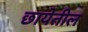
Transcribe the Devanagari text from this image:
छायेतील